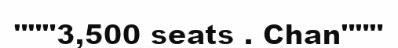
"""3,500 seats . Chan"""